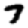
Digit: 7